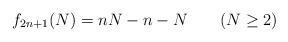
LaTeX: \begin{align*}f_{2n+1}(N)=nN-n-N\qquad (N\geq 2) \end{align*}